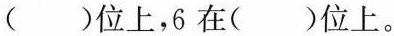
( )位上，6在（ ）位上。